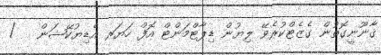
ޤާނޫނީގޮތުން ގެޒެޓްކުރެވޭ ލިޔުން ޑިޕާޓްމަންޓް އޮފް ހަޔަރ އެޑިޔުކޭޝަން   /